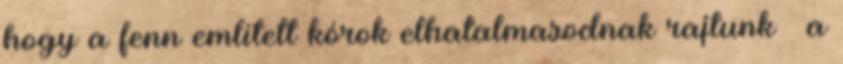
hogy a fenn említett kórok elhatalmasodnak rajtunk – a